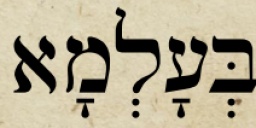
בְּעָלְמָא